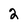
Character: 2